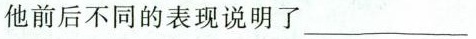
他前后不同的表现说明了___。